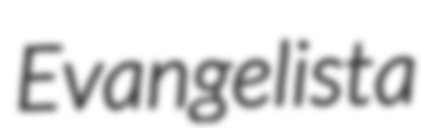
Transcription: Evangelista